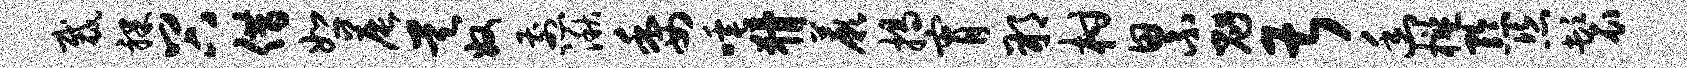
裁裸谷借恕晨昊奴煎湫委唾猾蕨揭宵朔柑累魁甚幽槛黔恣鬟